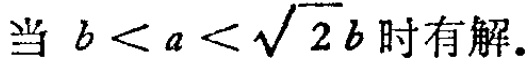
当 \(b < a < \sqrt{2}b\) 时有解.